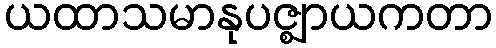
ယထာသမာနုပဇ္ဈာယကတာ